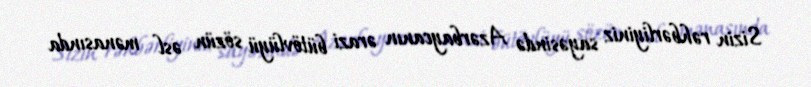
Sizin rəhbərliyiniz sayəsində Azərbaycanın ərazi bütövlüyü sözün əsl mənasında